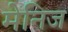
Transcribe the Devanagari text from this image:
मेनिज